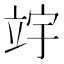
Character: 𫁢